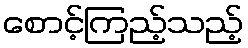
စောင့်ကြည့်သည့်